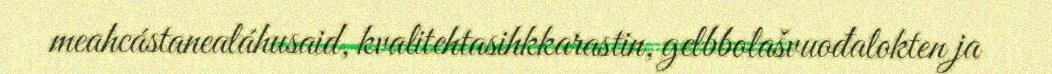
meahcástanealáhusaid, kvalitehtasihkkarastin, gelbbolašvuođalokten ja